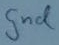
Text: gnd